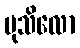
မုသိလော